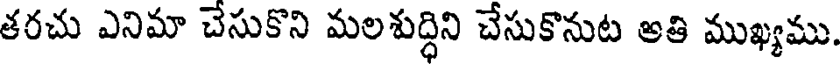
తరచు ఎనిమా చెసుకొని మలశుద్ధిని చేసుకొనుట అతి ముఖ్యము.